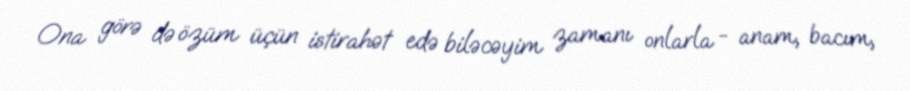
Ona görə də özüm üçün istirahət edə biləcəyim zamanı onlarla - anam, bacım,